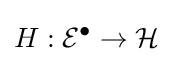
H:{\mathcal {E}}^{\bullet }\to {\mathcal {H}}